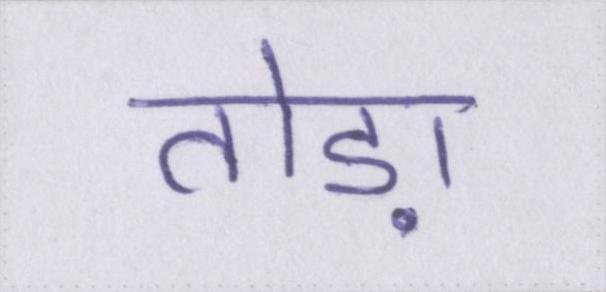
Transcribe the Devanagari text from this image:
तोड़ा